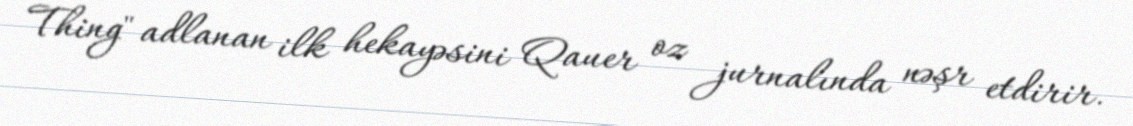
Thing" adlanan ilk hekayəsini Qauer oz jurnalında nəşr etdirir.